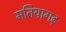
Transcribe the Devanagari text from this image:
मतियागढ़